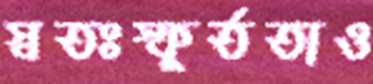
স্বতঃস্ফূর্ততাও